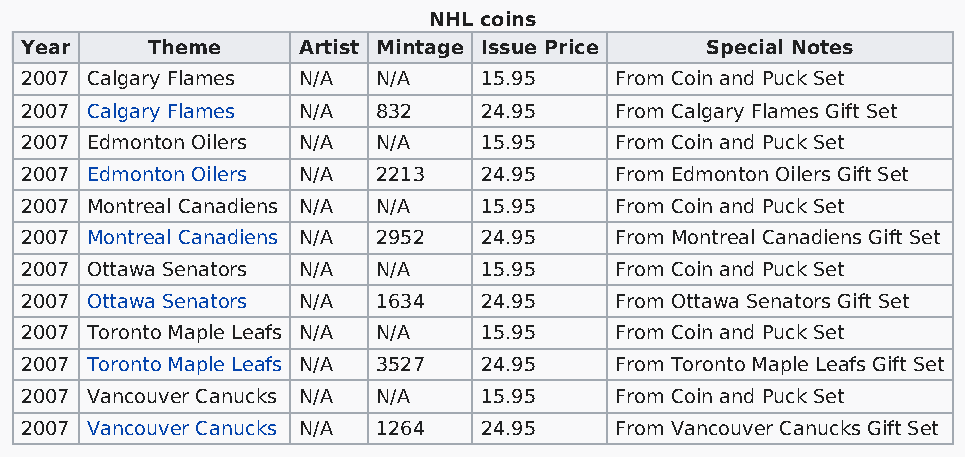
NHL coins
 Year     Theme     Artist Mintage Issue Price Special Notes
 2007 Calgary Flames N/A N/A    15.95    From Coin and Puck Set
 2007 Calgary Flames N/A 832    24.95    From Calgary Flames Gift Set
 2007 Edmonton Oilers N/A N/A   15.95    From Coin and Puck Set
 2007 Edmonton Oilers N/A 2213  24.95    From Edmonton Oilers Gift Set
 2007 Montreal Canadiens N/A N/A 15.95   From Coin and Puck Set
 2007 Montreal Canadiens N/A 2952 24.95  From Montreal Canadiens Gift Set
 2007 Ottawa Senators N/A N/A   15.95    From Coin and Puck Set
 2007 Ottawa Senators N/A 1634  24.95    From Ottawa Senators Gift Set
 2007 Toronto Maple Leafs N/A N/A 15.95  From Coin and Puck Set
 2007 Toronto Maple Leafs N/A 3527 24.95 From Toronto Maple Leafs Gift Set
 2007 Vancouver Canucks N/A N/A 15.95    From Coin and Puck Set
 2007 Vancouver Canucks N/A 1264 24.95   From Vancouver Canucks Gift Set